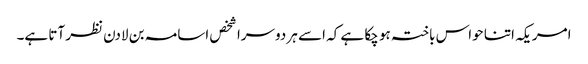
امریکہ اتنا حواس باختہ ہو چکا ہے کہ اسے ہر دوسرا شخص اسامہ بن لادن نظر آتا ہے۔